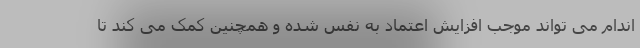
اندام می تواند موجب افزایش اعتماد به نفس شده و همچنین کمک می کند تا